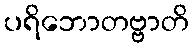
ပရိဘောတဗ္ဗာတိ